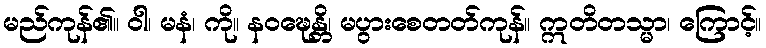
မည်ကုန်၏။ ဝါ၊ မနံ၊ ကို။ နဝဍ္ဎေန္တိ၊ မပွားစေတတ်ကုန်။ ဣတိတသ္မာ၊ ကြောင့်။